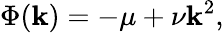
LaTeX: \Phi(\mathbf{k})=-\mu+\nu\mathbf{k}^{2},